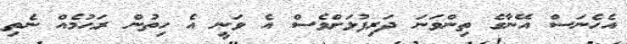
އެހެނަސް އޭނާގެ ތިންވަނަ ދަރިފުޅަށްވެސް އެ ވަނީ އެ ހިތުން ރަޙުމެއް ނެތި